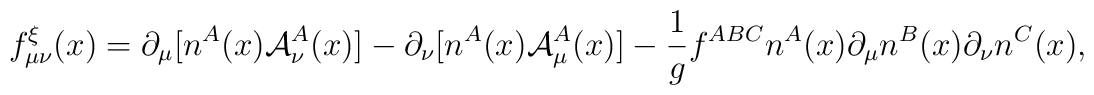
f_{\mu\nu}^{\xi}(x) = \partial_\mu[n^A(x) {\cal A}_\nu^A(x)] - \partial_\nu[n^A(x) {\cal A}_\mu^A(x)] - {1 \over g} f^{ABC} n^A(x) \partial_\mu n^B(x) \partial_\nu n^C(x) ,